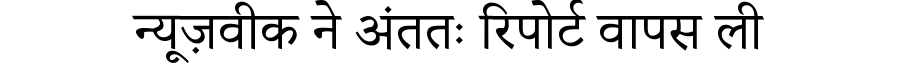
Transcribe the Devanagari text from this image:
न्यूज़वीक ने अंततः रिपोर्ट वापस ली